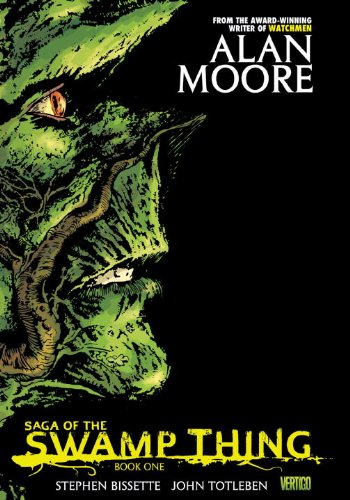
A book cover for Saga of the Swamp Thing, Book 1; Alan Moore; Comics & Graphic Novels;